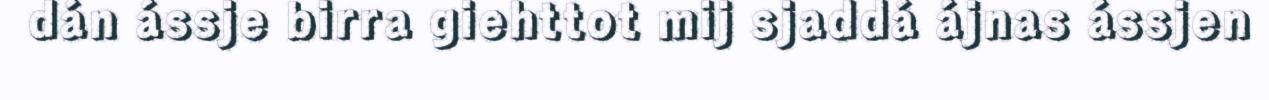
dán ássje birra giehttot mij sjaddá ájnas ássjen